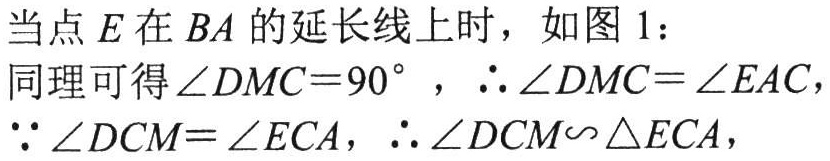
当点 \(E\)在 \(BA\)的延长线上时，如图 1：
同理可得\(\angle DMC = 90^{\circ}\)，\(\therefore\angle DMC=\angle EAC\)，
\(\because\angle DCM=\angle ECA\)，\(\therefore\triangle DCM\backsim\triangle ECA\)，